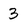
Character: 3